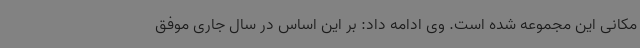
مکانی این مجموعه شده است. وی ادامه داد: بر این اساس در سال جاری موفق